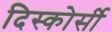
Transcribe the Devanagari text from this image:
दिस्कोर्सी